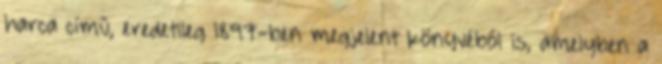
harca című, eredetileg 1897-ben megjelent könyvéből is, amelyben a